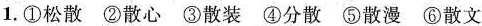
1.①松散②散心③散装④分散⑤散漫⑥散文散